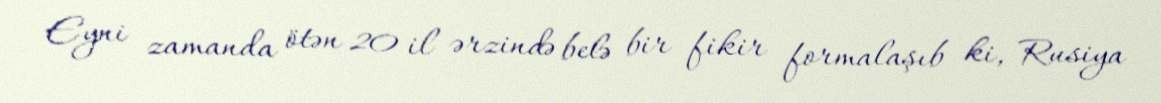
Eyni zamanda ötən 20 il ərzində belə bir fikir formalaşıb ki, Rusiya